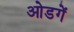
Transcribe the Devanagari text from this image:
ओडगें